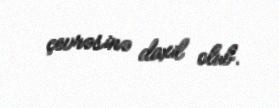
çevrəsinə daxil olub.